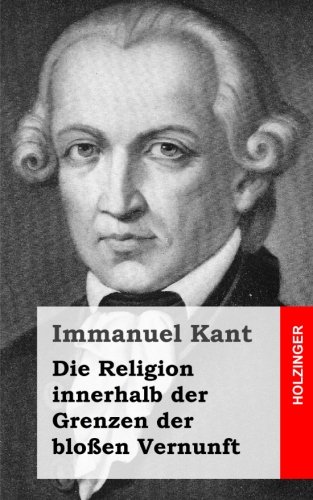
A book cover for Die Religion innerhalb der Grenzen der bloÃEen Vernunft (German Edition); Immanuel Kant; Politics & Social Sciences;